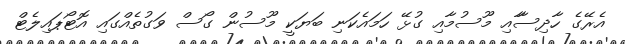
އެރޭގެ ހާދިސާާއި މޫސުމާއި ގުޅޭ ހަމައެކަނި ބަޔަކީ މޫސުން ގޯސް ވަގުތެއްގައި އޮޓޯޕައިލެޓް